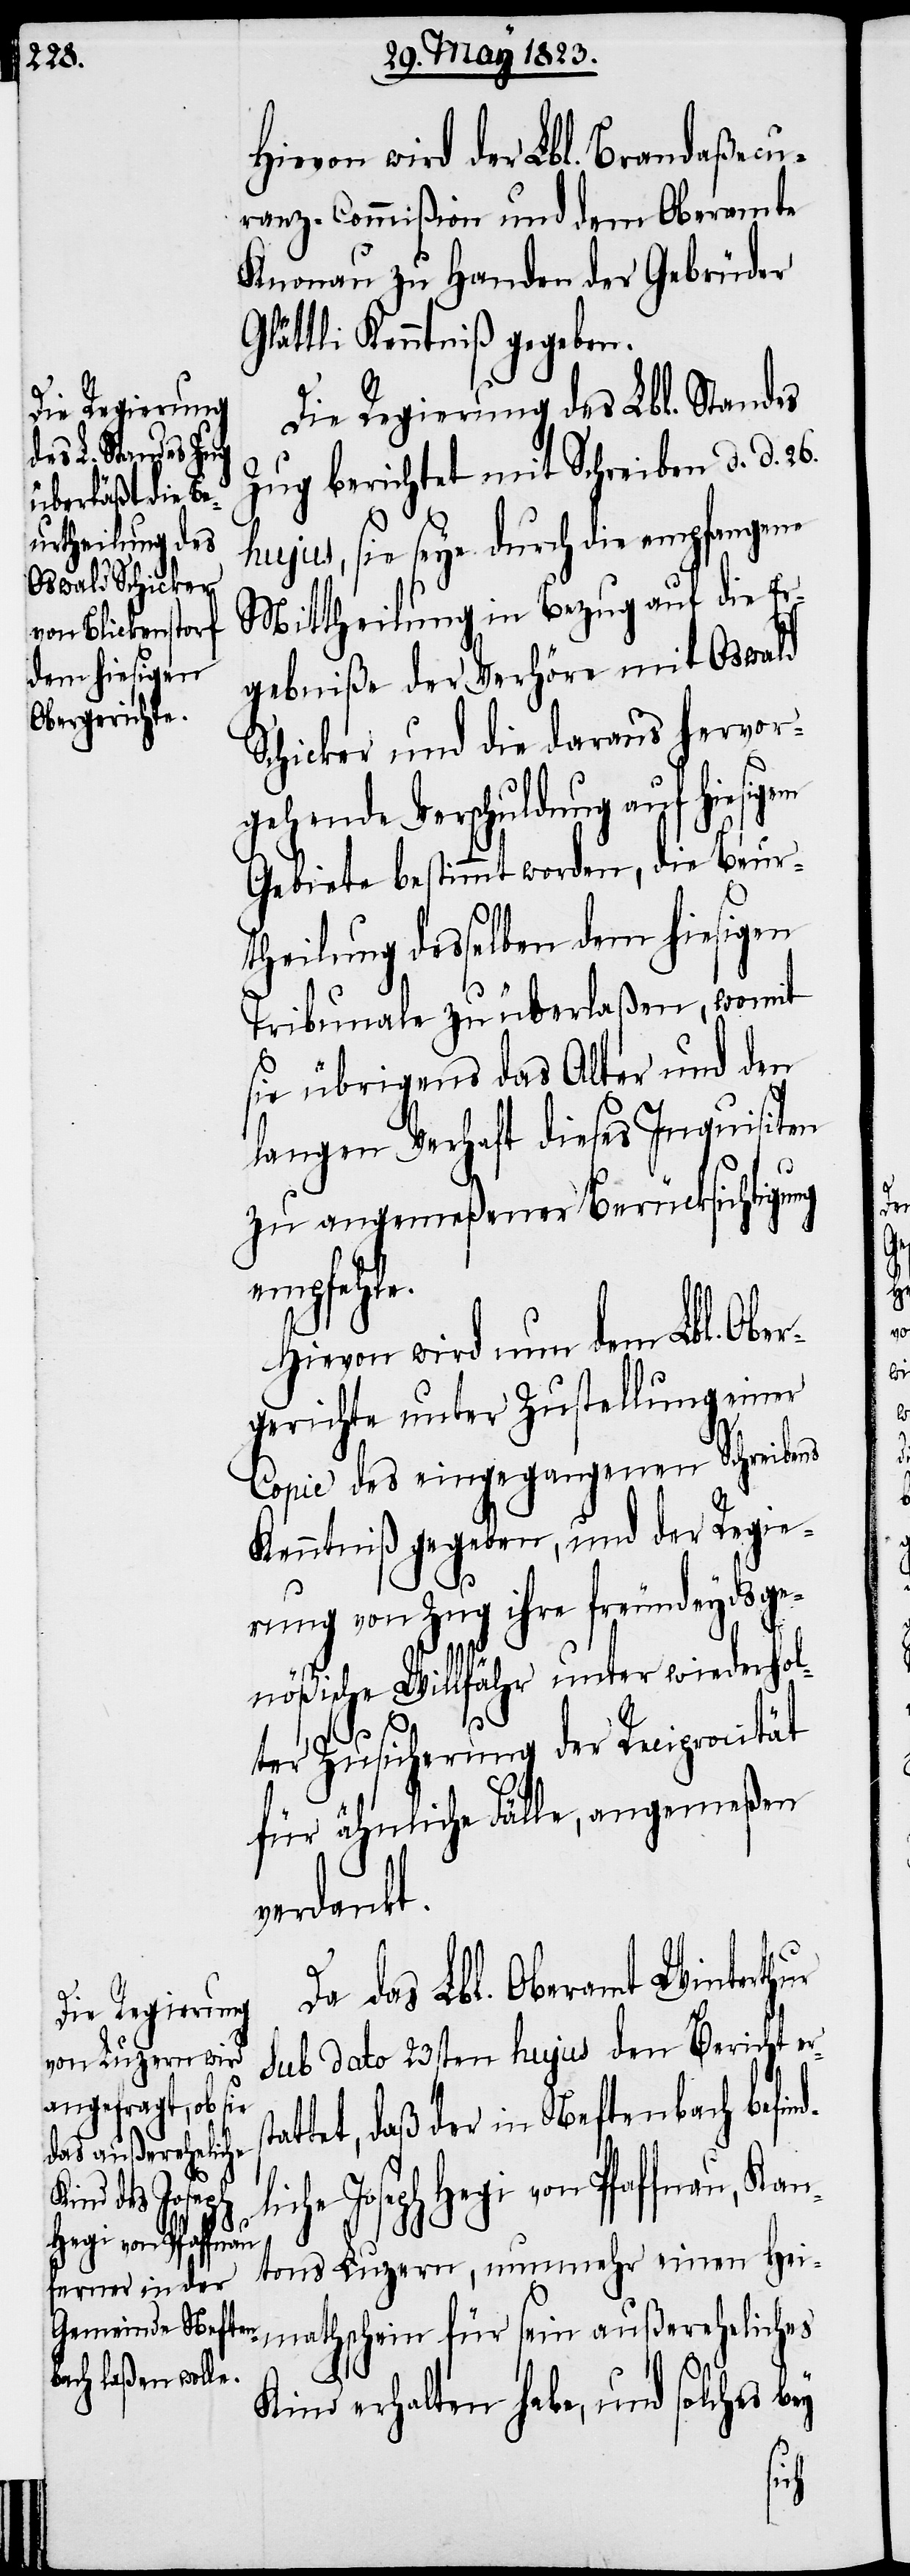
st¬
Hegi von Pfaffnau,

Hievon wird der Lbl. Brandaßecu¬
ranz-Commißion und dem Oberamte
Knonau zu Handen der Gebrüder
Glättli Kenntniß gegeben.
Die Regierung des Lbl. Standes
Zug berichtet mit Schreiben d. d. 26.
hujus, sie seye durch die empfangene
Mittheilung in Bezug auf die Er¬
gebniße der Verhöre mit Oswald
Schicker und die daraus hervor¬
gehende Verschuldung auf hiesigem
Gebiete bestimmt worden, die Beur¬
theilung desselben dem hiesigen
Tribunale zu überlaßen, womit
sie übrigens das Alter und den
langen Verhaft dieses Inquisiten
zu angemeßener Berücksichtigung
ndliche
Hievon wird nun dem Lbl. Ober¬
gerichte unter Zustellung einer
Copie des eingegangenen Schreibens
Kenntniß gegeben, und der Regie¬
rung von Zug ihre freundeydsge¬
nößische Willfähr unter wiederhol¬
ter Zusicherung der Reciprocität
für ähnliche Fälle, angemeßen
verdankt.
Da das Lbl. Oberamt Winterthur
sub dato 23sten hujus den Bericht er¬
attet, daß der in Neftenbach befi¬
Kantons Luzern, nunmehr einen Hei¬
mathschein für sein außereheliches
Kind erhalten habe, und solches bey